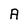
Character: A